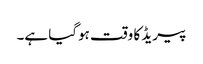
پیریڈ کا وقت ہوگیا ہے۔